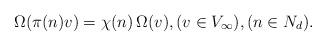
LaTeX: \begin{align*}\Omega(\pi(n) v)=\chi(n) \, \Omega(v), (v\in V_\infty), (n\in N_d).\end{align*}